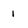
Character: 1